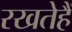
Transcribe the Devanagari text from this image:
रखतेहैं